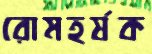
রোমহর্ষক